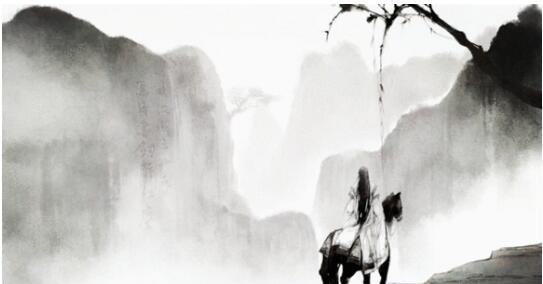
水激则悍，矢激则远